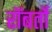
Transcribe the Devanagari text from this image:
रॉबर्तो